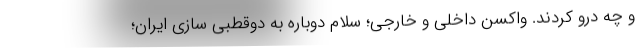
و چه درو کردند. واکسن داخلی و خارجی؛ سلام دوباره به دوقطبی سازی ایران؛